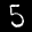
Label: 5